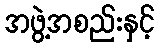
အဖွဲ့အစည်းနှင့်